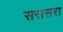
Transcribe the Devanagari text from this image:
सरासरा